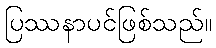
ပြဿနာပင်ဖြစ်သည်။